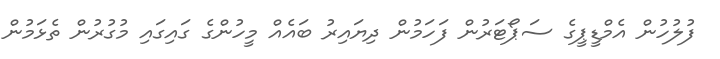
ފުލުހުން އެމްޑީޕީގެ ސަޕޯޓަރުން ފަހަމުން ދިޔައިރު ބައެއް މީހުންގެ ގައިގައި މުގުރުން ތެޅަމުން